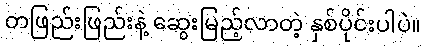
တဖြည်းဖြည်းနဲ့ ဆွေးမြည့်လာတဲ့ နှစ်ပိုင်းပါပဲ။